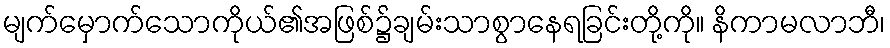
မျက်မှောက်သောကိုယ်၏အဖြစ်၌ချမ်းသာစွာနေရခြင်းတို့ကို။ နိကာမလာဘီ၊